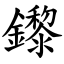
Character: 鑗